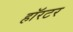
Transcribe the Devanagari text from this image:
हॉरटर